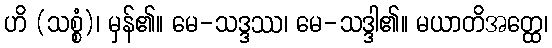
ဟိ (သစ္စံ)၊ မှန်၏။ မေ-သဒ္ဒဿ၊ မေ-သဒ္ဒါ၏။ မယာတိအတ္ထေ၊